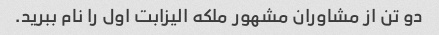
دو تن از مشاوران مشهور ملکه الیزابت اول را نام ببرید.